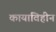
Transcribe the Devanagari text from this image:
कायाविहीन